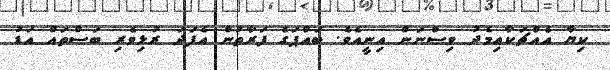
ކިޔާ އެއްޗަކާއިމެދު ވިސްނަން އިނީއެވެ. ބައްޕަގެ ފަރާތުން އެފަދަ ރުޅިވެރި ބަސްތައް އަޑު